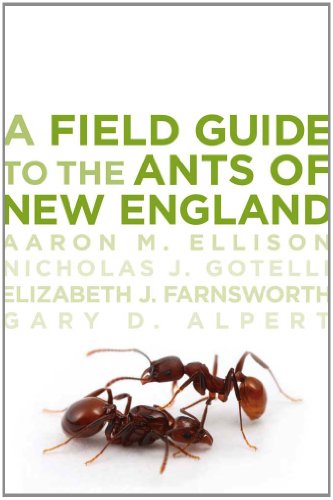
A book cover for A Field Guide to the Ants of New England; Aaron M. Ellison; Science & Math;